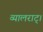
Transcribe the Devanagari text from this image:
व्यालराट्।